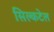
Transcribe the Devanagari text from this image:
सिल्कटेल